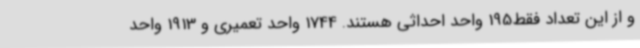
و از این تعداد فقط195 واحد احداثی هستند. 1744 واحد تعمیری و 1913 واحد